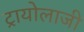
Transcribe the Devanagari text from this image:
ट्रायोलाजी